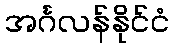
အင်္ဂလန်နိုင်ငံ